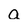
Character: a